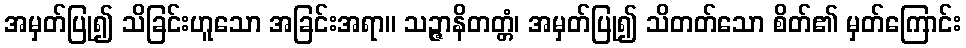
အမှတ်ပြု၍ သိခြင်းဟူသော အခြင်းအရာ။ သဉ္ဇာနိတတ္တံ၊ အမှတ်ပြု၍ သိတတ်သော စိတ်၏ မှတ်ကြောင်း